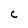
Character: c